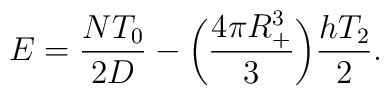
E=\frac{NT_0}{2D} -\bigg(\frac{4\pi R^3_+}{3}\bigg)\frac{ hT_2}{2}.